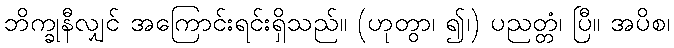
ဘိက္ခုနီလျှင် အကြောင်းရင်းရှိသည်။ (ဟုတွာ၊ ၍၊) ပညတ္တံ၊ ပြီ။ အပိစ၊